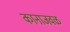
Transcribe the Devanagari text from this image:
कानाजवळ